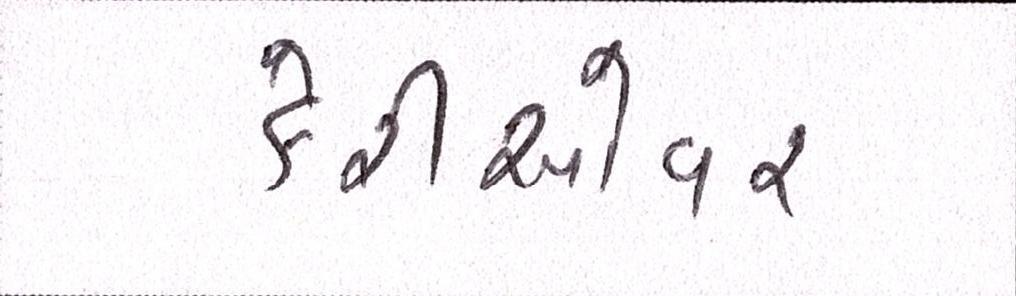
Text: કેરીઓવર